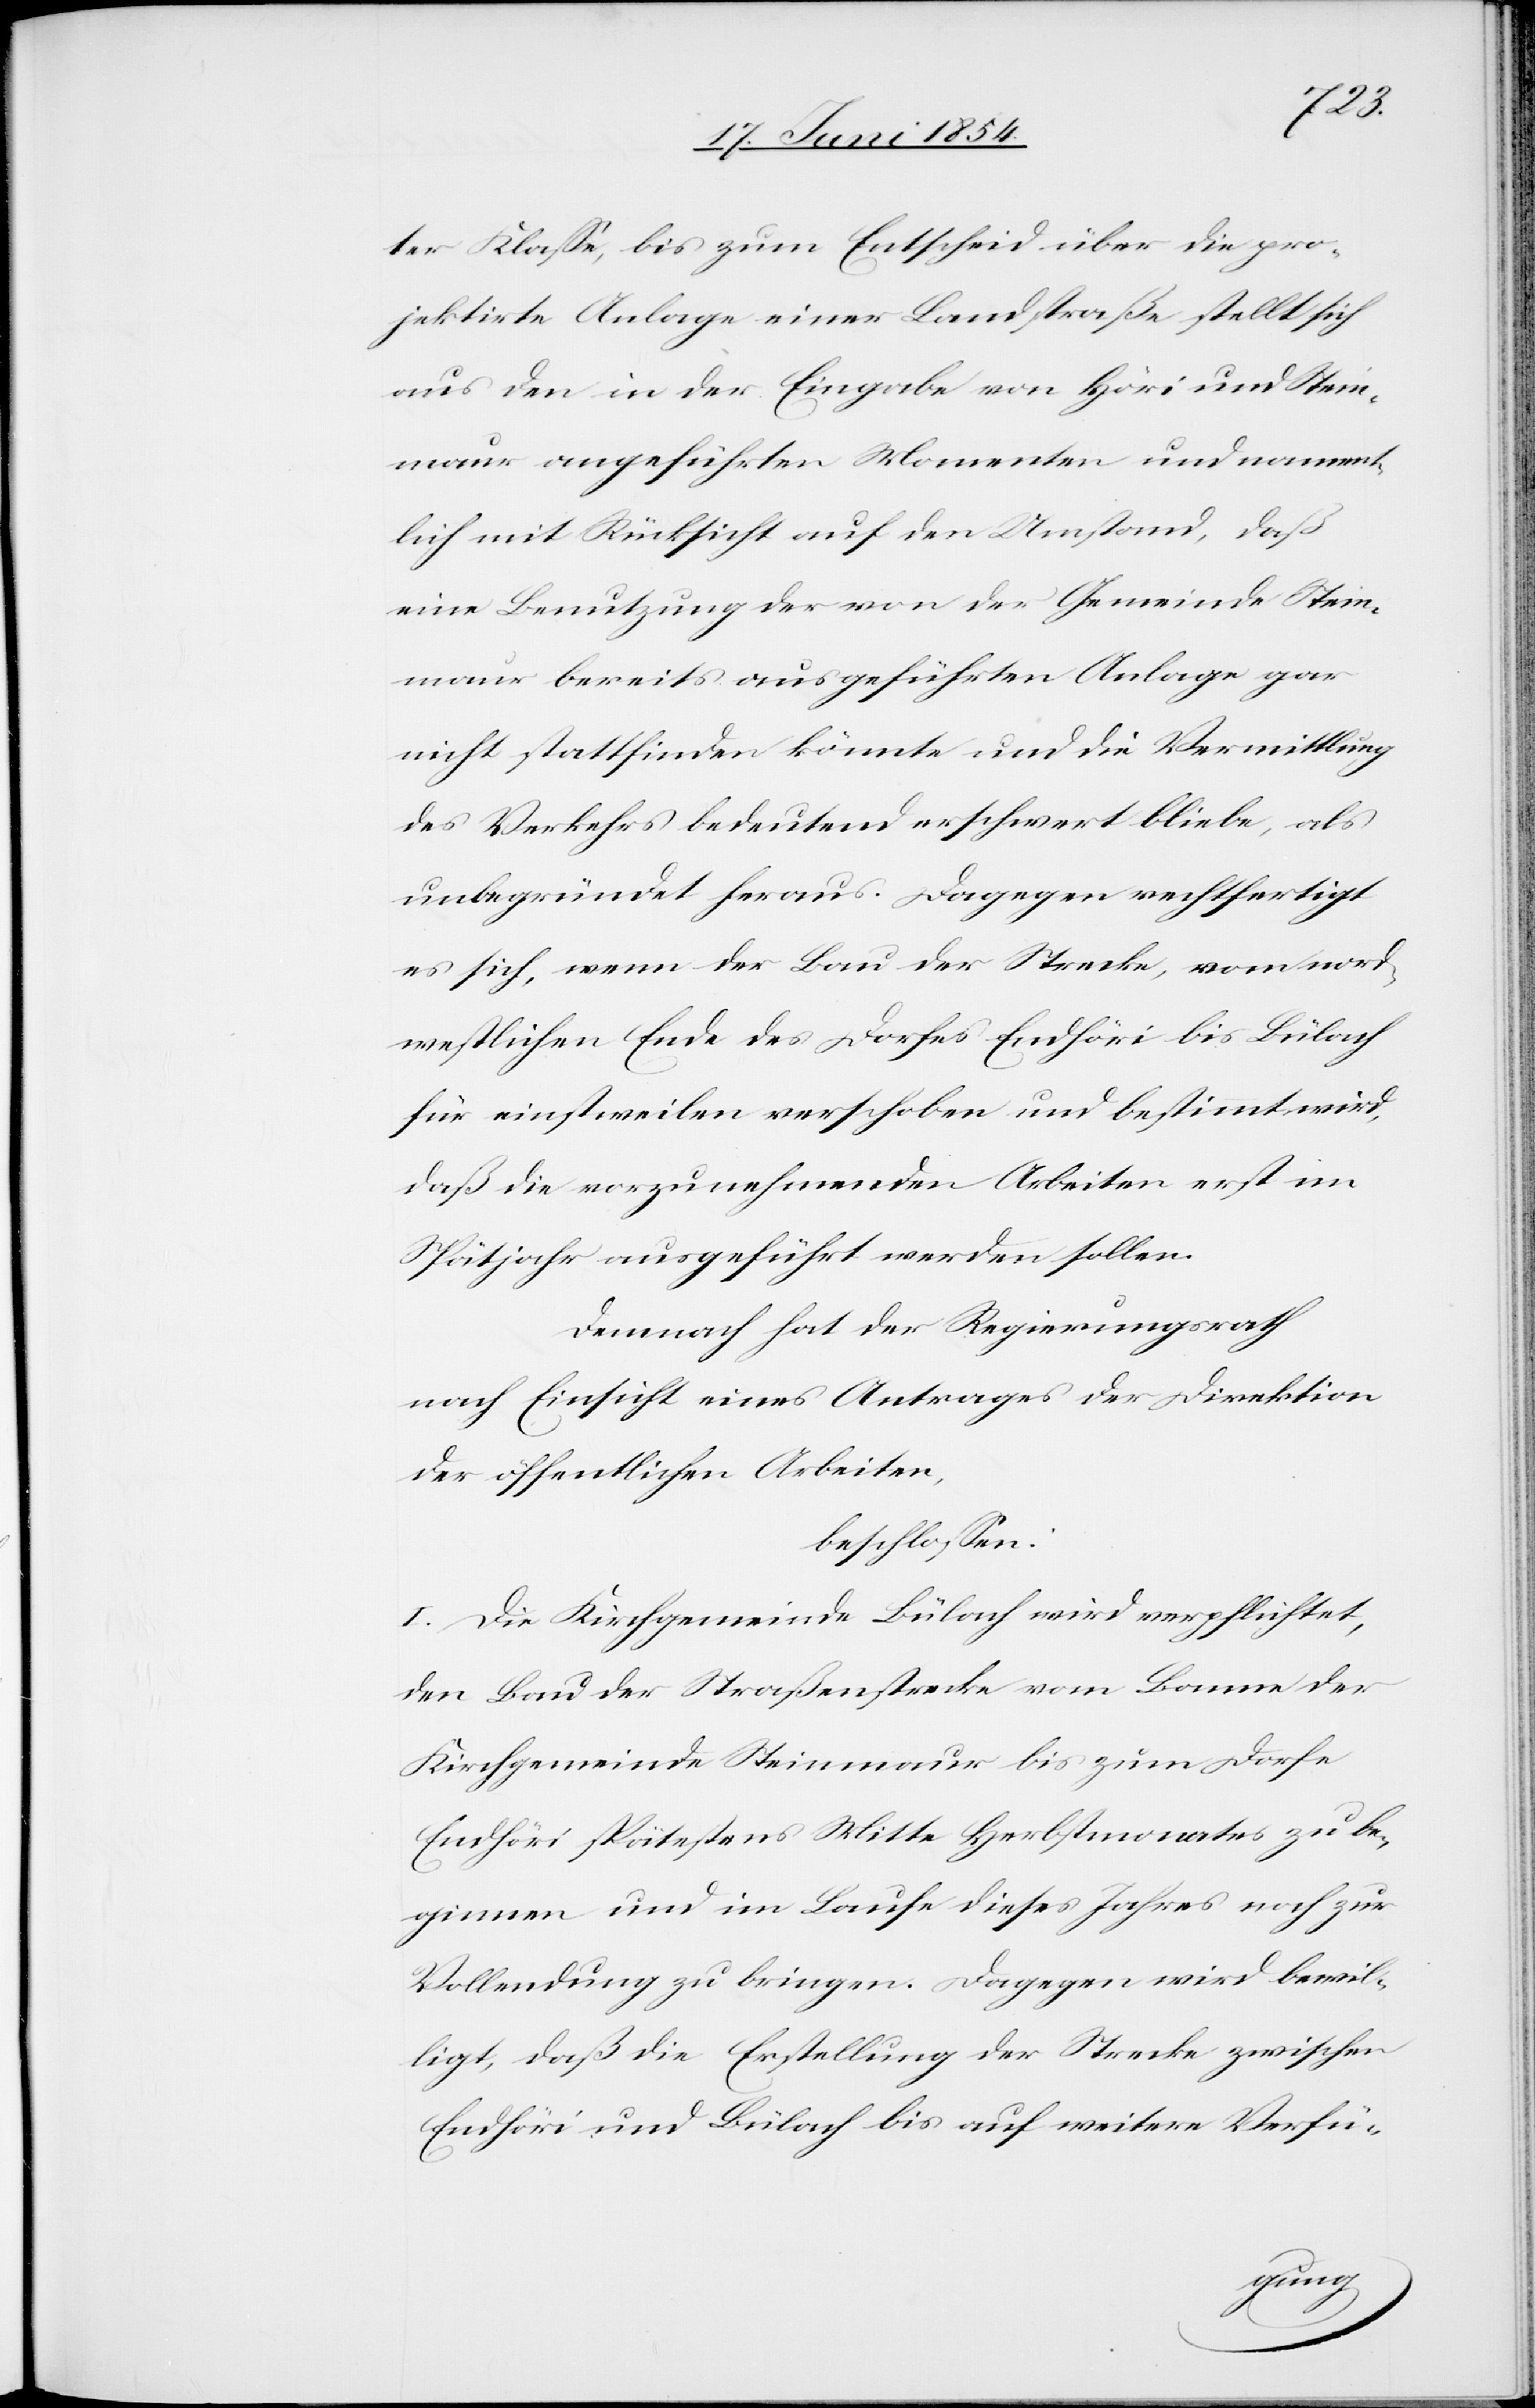
ter Klaße, bis zum Entscheid über die pro¬
jektirte Anlage einer Landstraße stellt sich
aus den in der Eingabe von Höri und Stein¬
maur angeführten Momenten und nament¬
lich mit Rücksicht auf den Umstand, daß
eine Benutzung der von der Gemeinde Stein¬
maur bereits ausgeführten Anlage gar
nicht stattfinden könnte und die Vermittlung
des Verkehrs bedeutend erschwert bliebe, als
unbegründet heraus. Dagegen rechtfertigt
es sich, wenn der Bau der Strecke, vom nord¬
westlichen Ende des Dorfes Endhöri bis Bülach
für einstweilen verschoben und bestimmt wird,
daß die vorzunehmenden Arbeiten erst im
Spätjahr ausgeführt werden sollen.
Demnach hat der Regierungsrath
nach Einsicht eines Antrages der Direktion
der öffentlichen Arbeiten,
beschloßen:
I. Die Kirchgemeinde Bülach wird verpflichtet,
den Bau der Straßenstrecke vom Banne der
Kirchgemeinde Steinmaur bis zum Dorfe
Endhöri spätestens Mitte Herbstmonates zu be¬
ginnen und im Laufe dieses Jahres noch zur
Vollendung zu bringen. Dagegen wird bewil¬
ligt, daß die Erstellung der Strecke zwischen
Endhöri und Bülach bis auf weitere Verfü-